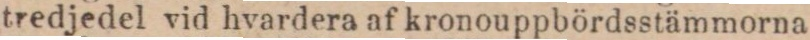
tredjedel vid hvardera af kronouppbördsstämmorna